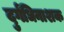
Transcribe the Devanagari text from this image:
दुर्गंधिनाशक